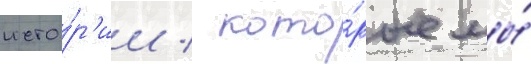
исто́р'ии / кото́рые мы́